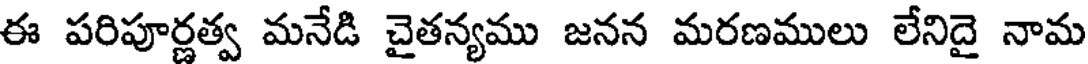
ఈ పరిపూర్ణత్వ మనేడి చైతన్యము జనన మరణములు లేనిదై నామ